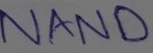
Text: NAND